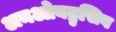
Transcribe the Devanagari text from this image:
अनओबट्रुसिव